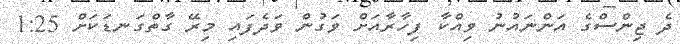
ދެ ޖިންސްގެ އަންނައުނު ވިއްކާ ފިހާރާއަށް ވަގުން ވަދެފައި މިރޭ ގާތްގަނޑަކަށް 1:25